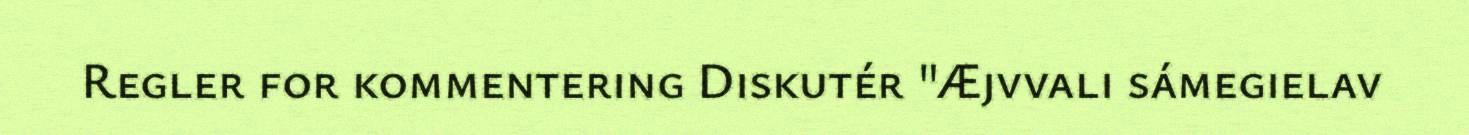
Regler for kommentering Diskutér "Æjvvali sámegielav